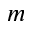
m